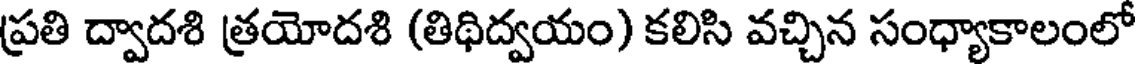
ప్రతి ద్వాదశి త్రయోదశి (తిథిద్వయం) కలిసి వచ్చిన సంధ్యాకాలంలో